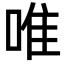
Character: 唯